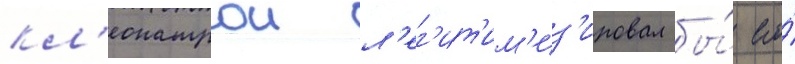
кл'еопатрои л'ег'ит'им'из'ировал бы́ его́